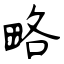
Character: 略